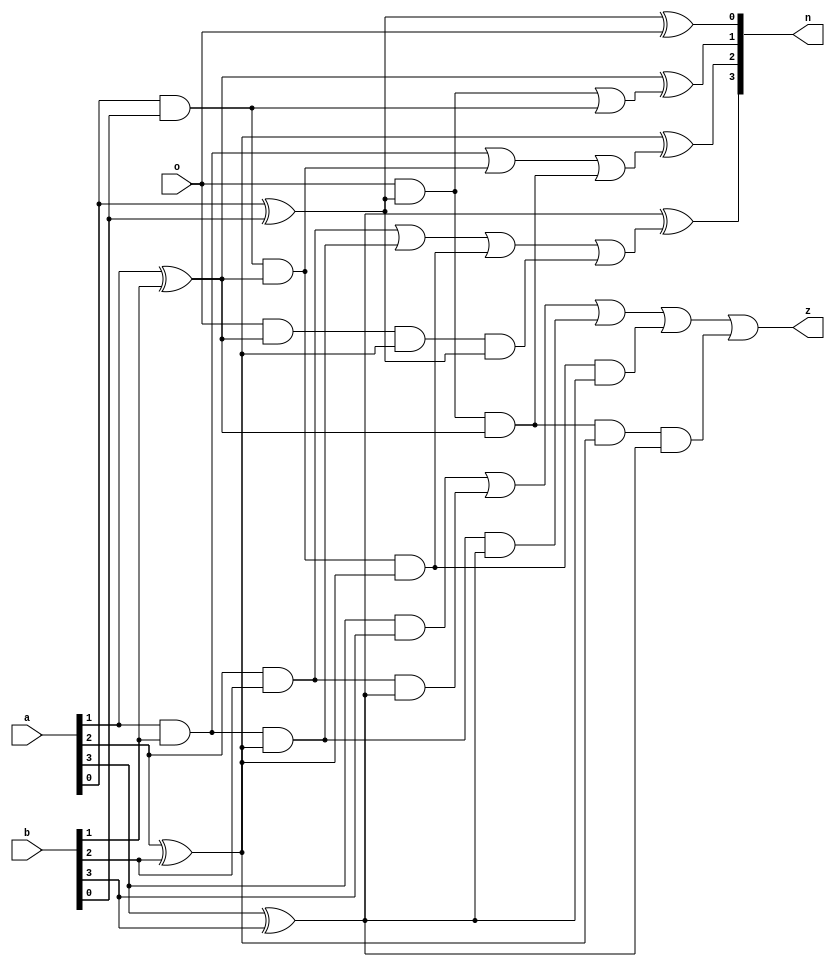
module cla(n,z,o,a,b);
input [3:0] a,b;
input o;
wire [3:0] p,g,c;
wire [9:0]m;
output [3:0]n;
output z;
xor (p[0],a[0],b[0]);
and (g[0],a[0],b[0]);
xor (p[1],a[1],b[1]);
and (g[1],a[1],b[1]);
xor (p[2],a[2],b[2]);
and (g[2],a[2],b[2]);
xor (p[3],a[3],b[3]);
and (g[3],a[3],b[3]);
and (m[0],o,p[0]);
or (c[0],m[0],g[0]);
and (m[1],g[0],p[1]);
and (m[2],o,p[0],p[1]);
or (c[1],g[1],m[1],m[2]);
and (m[3],g[1],p[2]);
and (m[4],g[0],p[1],p[2]);
and (m[5],o,p[1],p[2],p[0]);
or (c[2],g[2],m[3],m[4],m[5]);
and (m[6],g[2],p[3]);
and (m[7],g[1],p[2],p[3]);
and (m[8],g[0],p[1],p[2],p[3]);
and (m[9],o,p[0],p[1],p[2],p[3]);
or (c[3],g[3],m[6],m[7],m[8],m[9]);
xor (n[0],p[0],o);
xor (n[1],p[1],c[0]);
xor (n[2],p[2],c[1]);
xor (n[3],p[3],c[2]);
assign z=c[3];
endmodule